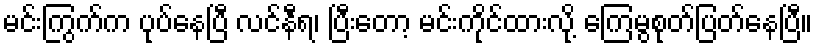
မင်းကြွက်က ပုပ်နေပြီ လင်နီရ၊ ပြီးတော့ မင်းကိုင်ထားလို့ ကြေမွစုတ်ပြတ်နေပြီ။